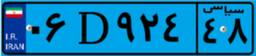
۲۵D۷۵۴۱۱